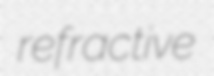
refractive